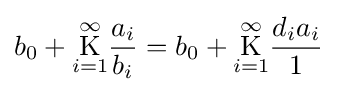
b_{0}+{\underset {i=1}{\overset {\infty }{\operatorname {K} }}}{\frac {a_{i}}{b_{i}}}=b_{0}+{\underset {i=1}{\overset {\infty }{\operatorname {K} }}}{\frac {d_{i}a_{i}}{1}}